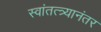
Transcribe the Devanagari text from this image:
स्वांतत्त्र्यानंतर